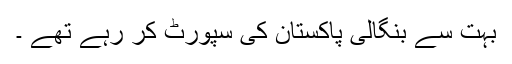
بہت سے بنگالی پاکستان کی سپورٹ کر رہے تھے ۔